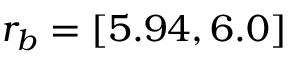
r _ { b } = [ 5 . 9 4 , 6 . 0 ]